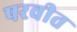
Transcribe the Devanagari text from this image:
परवीत